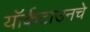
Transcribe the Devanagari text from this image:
यॉर्कटाउनचे